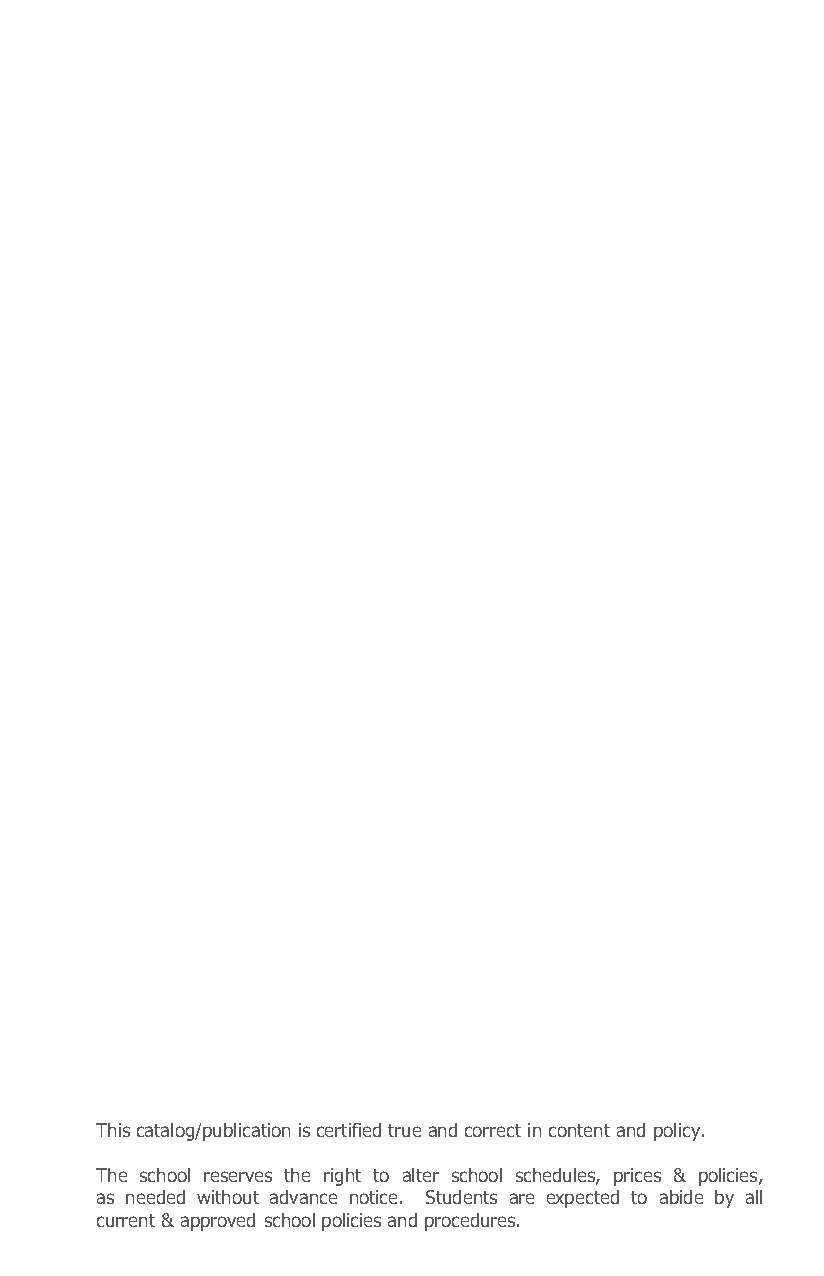
This catalog/publication is certified true and correct in content and policy.
 The school reserves the right to alter school schedules, prices & policies,
 as needed without advance notice. Students are expected to abide by all
 current & approved school policies and procedures.